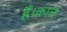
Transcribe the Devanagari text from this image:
हैं।काले